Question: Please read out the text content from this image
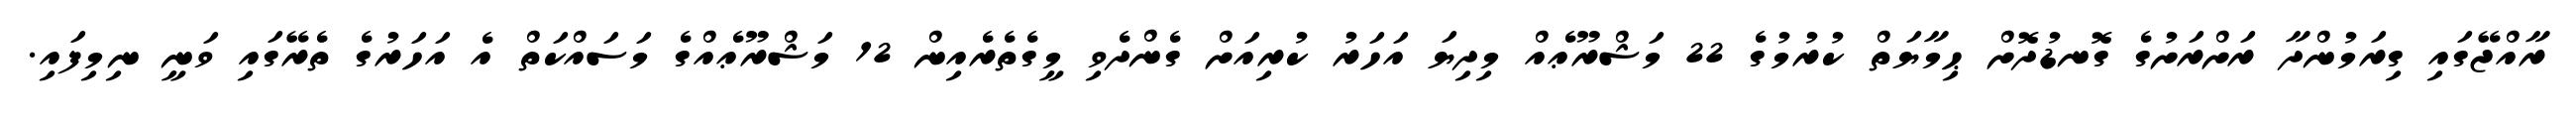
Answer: ރާއްޖޭގައި ގިރަމުންދާ ރަށްރަށުގެ ގޮނޑުދޮށް ޙިމާޔަތް ކުރުމުގެ 22 މަޝްރޫޢެއް މިދިޔަ އަހަރު ކުރިއަށް ގެންދެވި މީގެތެރެއިން 12 މަޝްރޫޢެއްގެ މަސައްކަތް އެ އަހަރުގެ ތެރޭގައި ވަނީ ނިމިފައި.